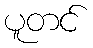
ပူတင်